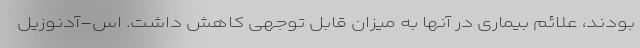
بودند، علائم بیماری در آنها به میزان قابل توجهی کاهش داشت. اس-آدنوزیل